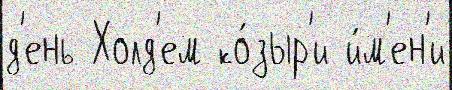
д'ень Холд'ем ко́зыр'и и́м'ен'и